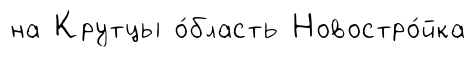
на Крутцы о́бласть Новостро́йка